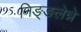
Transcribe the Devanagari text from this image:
निङ्ङलेन्ने